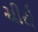
ચીરો